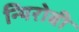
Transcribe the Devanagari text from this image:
न्यिरोबी